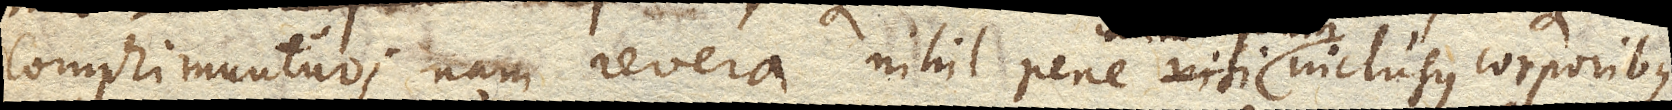
comprimuntur; nam revera nihil pene nisi inclusus corporibus